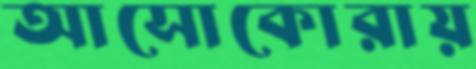
আসোকোরায়